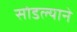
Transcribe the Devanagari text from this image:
सोडल्याने